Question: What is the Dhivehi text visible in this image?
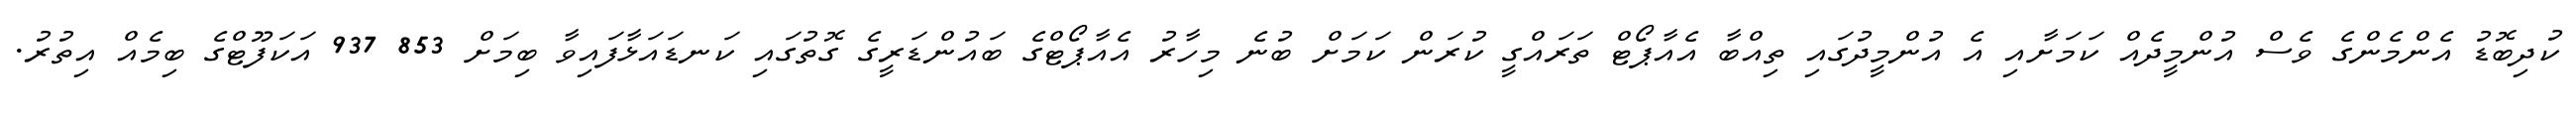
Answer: ކުދިބޮޑު އެންމެންގެ ވެސް އުންމީދެއް ކަމަށާއި އެ އުންމީދުގައި ތިއްބާ އެއާޕޯޓް ތަރައްގީ ކުރަން ކަމަށް ބުނެ މިހާރު އެއާޕޯޓްގެ ބައުންޑަރީގެ ގޮތުގައި ކަނޑައަޅާފައިވާ ބިމަށް 853 937 އަކަފޫޓްގެ ބިމެއް އިތުރު.